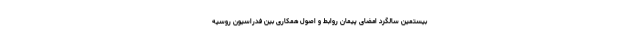
بیستمین سالگرد امضای پیمان روابط و اصول همکاری بین فدراسیون روسیه